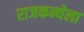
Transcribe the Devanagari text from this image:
राजकन्येला